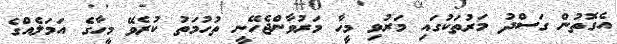
އެގޮތުން ގަސްދު މަރުތަކުގައި މަރުވި މީހާ މަރުވާންޖެހޭނީ ތުހުމަތު ކުރެވޭ މީހާގެ އަމަލެއްގެ